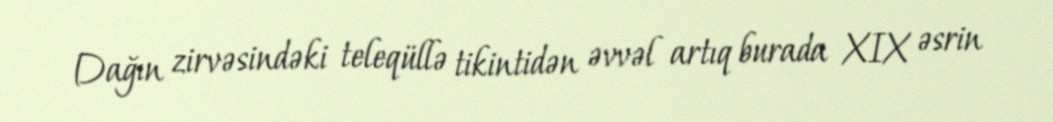
Dağın zirvəsindəki teleqüllə tikintidən əvvəl artıq burada XIX əsrin